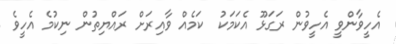
އެހީވާންވީ އެހީވުން ރަގަޅޫ އެކަމަކު  ކަމެއް ވާއިރަށް ރައްޔިތުން ނިކުމެ އެހީވެ